Report on vaccination North-West Frontier Province 1904-1922 - 1904-1922
Year: 1904
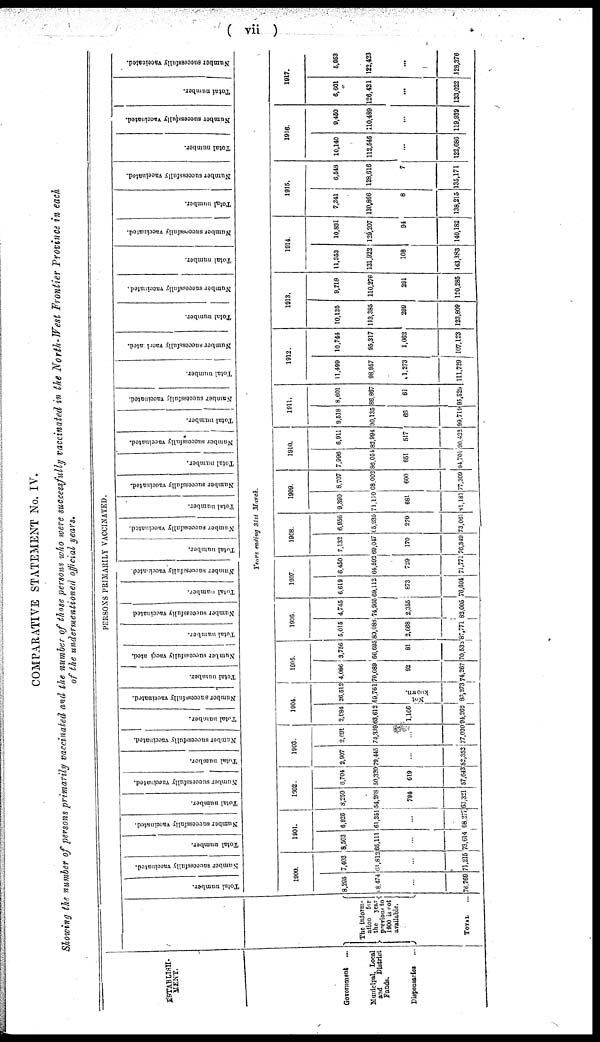
( vii )
COMPARATIVE STATEMENT No. IV.
Showing the number of persons primarily vaccinated and the number of those persons who were successfully vaccinated in the North-West Frontier Province in each
of the undermentioned official years.
ESTABLISH¬
MENT.
Government ...
Municipal, Local
and
District
Funds.
Dispensaries ...
The inform¬
ation
for
the
year
previous to
1900 is not
available.
TOTAL ...
PERSONS PRIMARILY VACCINATED.
Total number.
Number successfully vaccinated.
Total number.
Number successfully vaccinated.
Total number.
Number successfully vaccinated.
Total number.
Number successfully vaccinated.
Total number.
Number successfully vaccinated.
Total number.
Number successfully vaccinated.
Total number.
Number successfully vaccinated
Total number.
Number successfully vaccinated.
Total number.
Number successfully vaccinated.
Total number.
Number successfully vaccinated.
Total number.
Number successfully vaccinated.
*
Total number.
Number successfully vaccinated.
Total number.
Number successfully vaccinated.
Total number.
Number successfully vaccinated.
Total number.
Number successfully vaccinated.
Total number.
Number successfully vaccinated.
Total number.
Number successfully vaccinated.
Total number.
Number successfully vaccinated.
Years ending 31st March.
1900
8,295
8,474
...
76,769
7,403
63,812
...
71,215
1901.
8,503
65,111
...
73,614
6,926
61,351
...
68,277
1902.
8,259
54,268
794
63,321
6,704
50,320
619
57,643
1903.
2,907
79,445
...
82,352
2,691
74,339
...
77,030
1904.
2,984
63,612
1,106
94,263
26,512
59,761
Not
Known.
86,273
1905.
4,086
70,089
92
74,267
3,756
66,695
81
70,532
1906.
5,015
80,088
2,668
87,771
4,745
74,905
2,355
82,005
1907.
6,619
69,112
873
76,604
6,450
64,592
729
71,771
1908.
7,132
69,047
170
76,340
6,956
65,935
270
73,061
1909.
9,390
71,110
681
81,181
8,707
68,002
600
77,309
1910.
7,996
86,051
651
94,701
6,911
83,994
517
90,422
1911.
9,518
90,135
66
99,719
8,601
86,867
61
95,529
1912.
11,499
98,957
1,273
111,729
10,744
95,317
1,062
107,123
1913.
10,125
113,385
299
123,809
9,718
110,276
291
120,285
1914.
11,353
131,023
108
143,383
10,831
129,207
94
140,182
1915.
7,341
130,866
8
138,215
6,548
128,616
7
135,171
1916.
10,140
112,546
...
122,686
9,450
110,489
...
119,939
1917.
6,601
126,421
...
133,022
5,953
122,423
...
128,376